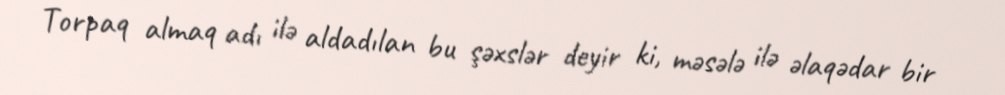
Torpaq almaq adı ilə aldadılan bu şəxslər deyir ki, məsələ ilə əlaqədar bir